DOW-UAP-D58, Range Fouler Debrief, NA, October 2020
Agency: Department of War
Incident date: 10/27/20
Page 1
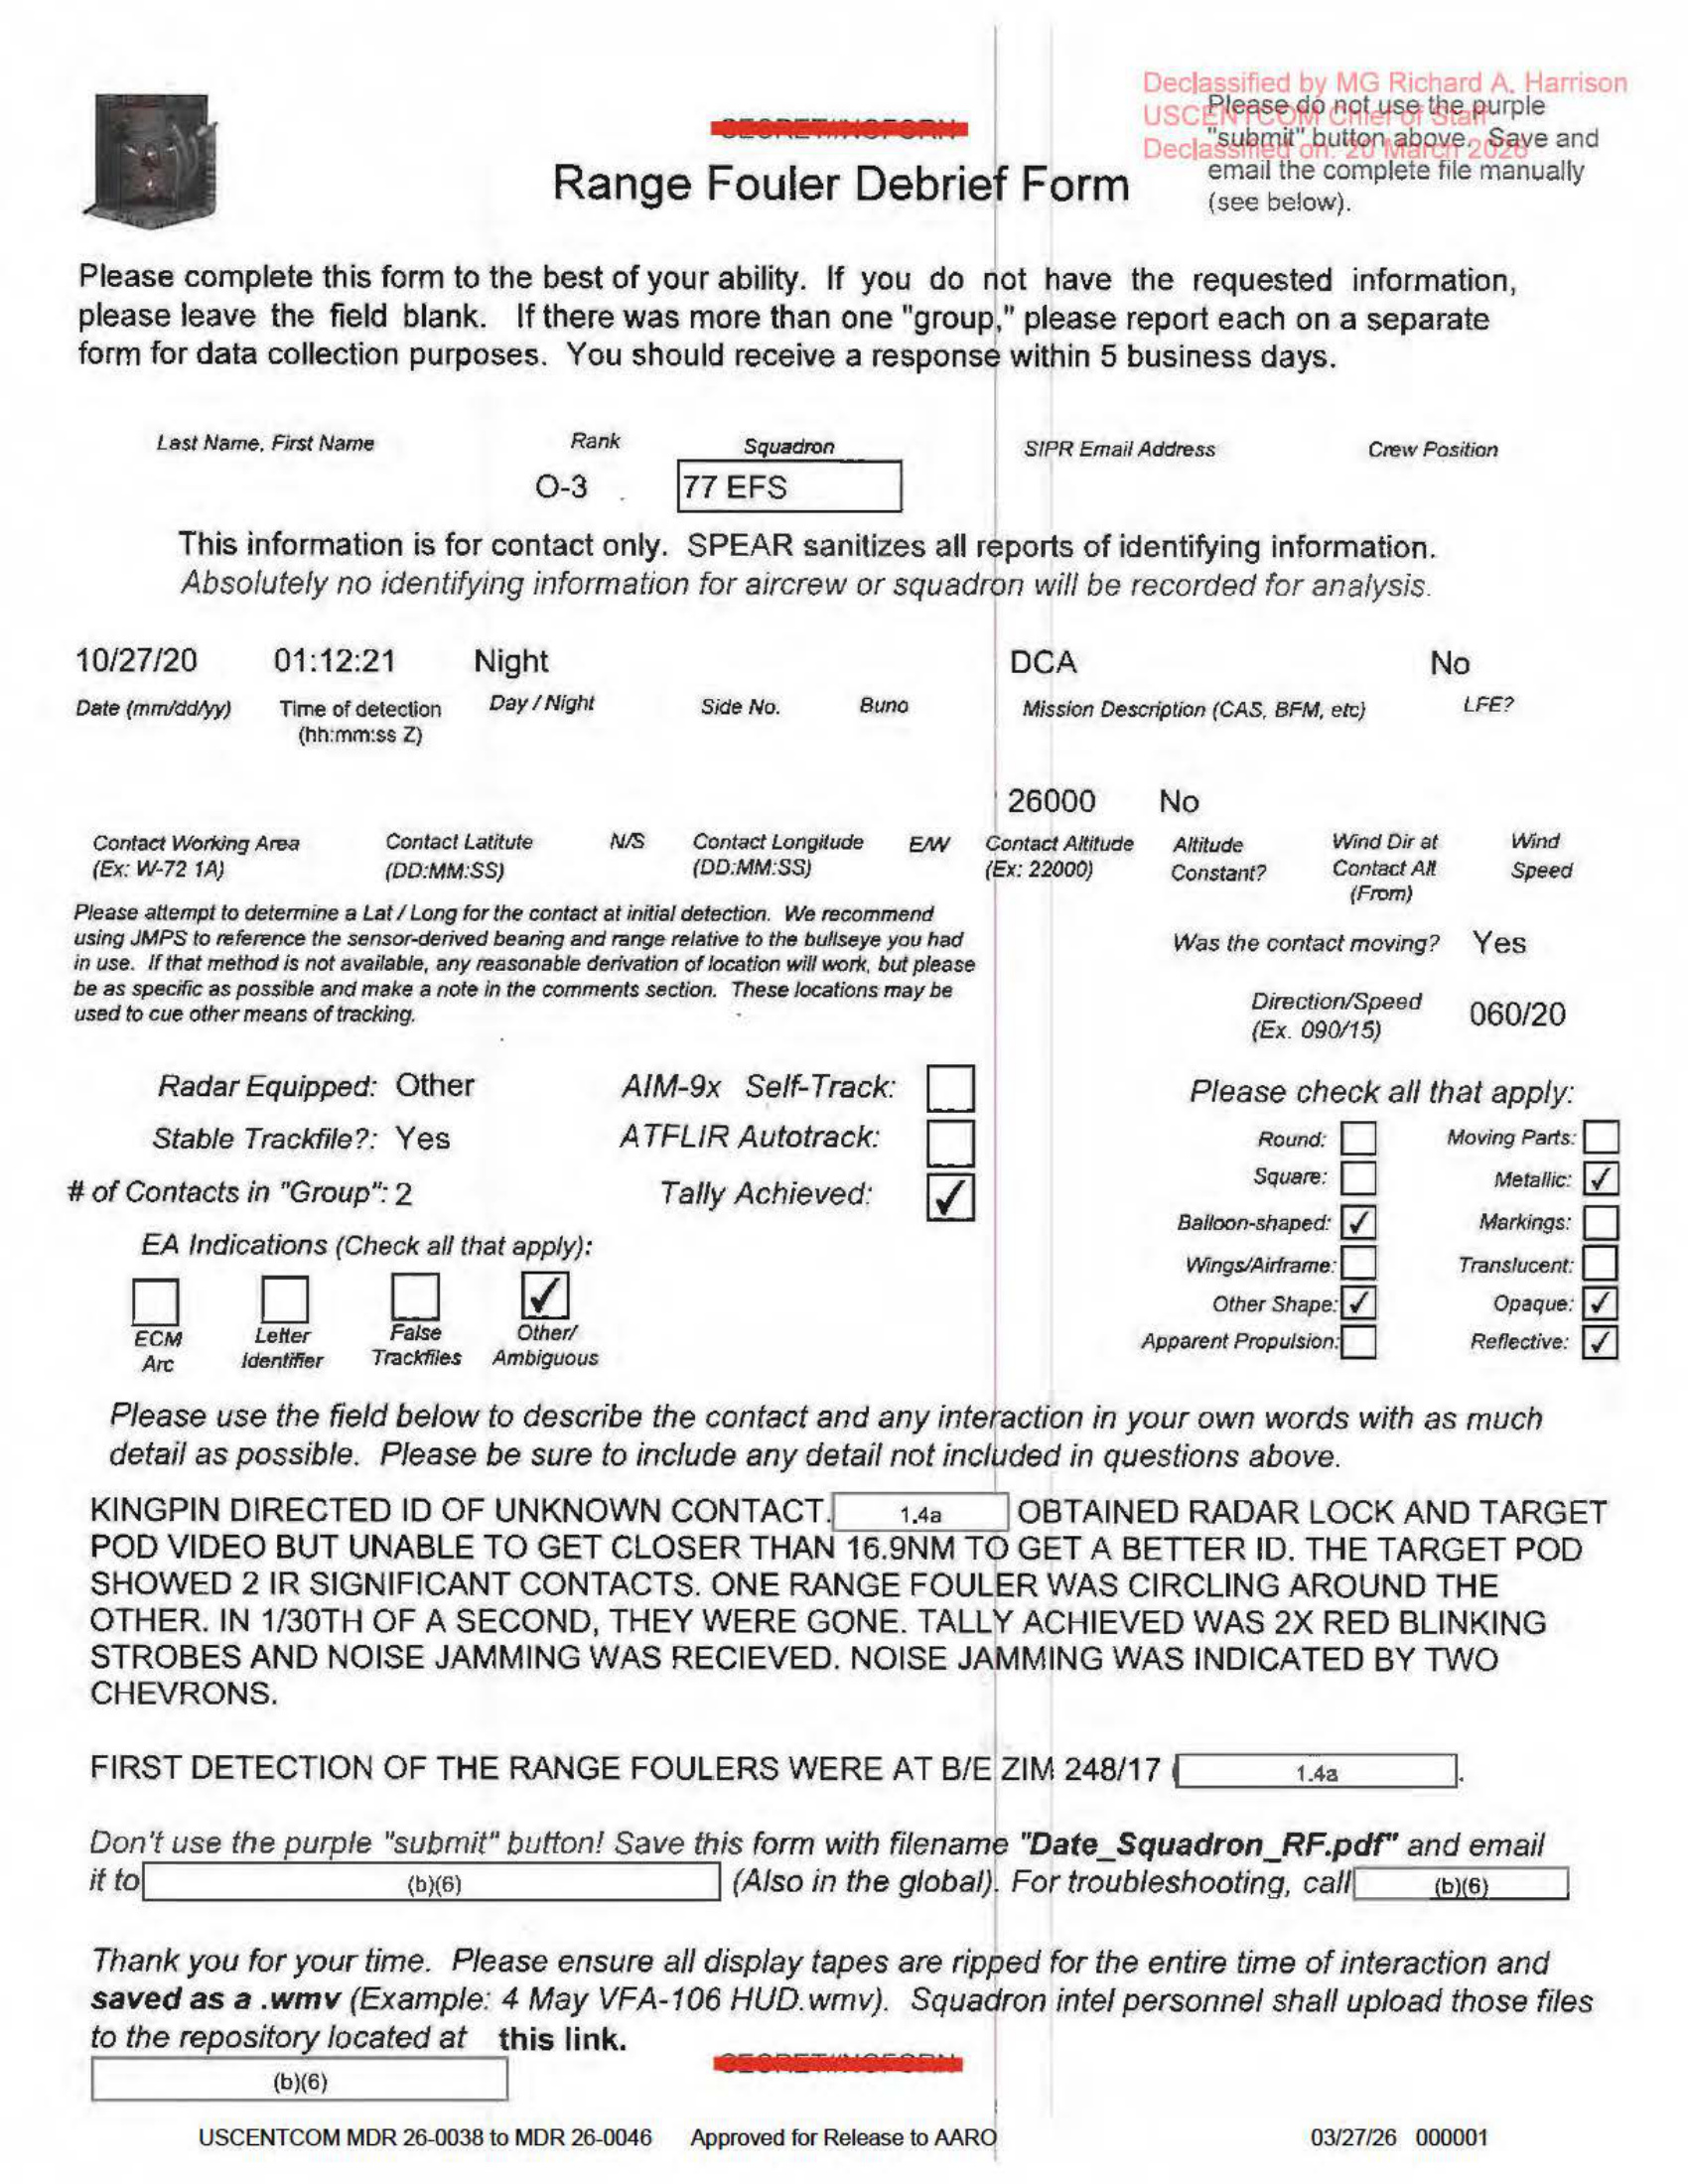